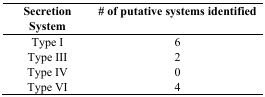
<table><thead><tr><td><b>Secretion System</b></td><td><b># of putative systems identified</b></td></tr></thead><tbody><tr><td>Type I</td><td>6</td></tr><tr><td>Type III</td><td>2</td></tr><tr><td>Type IV</td><td>0</td></tr><tr><td>Type VI</td><td>4</td></tr></tbody></table>